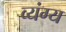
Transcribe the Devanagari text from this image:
व्‍यंग्य